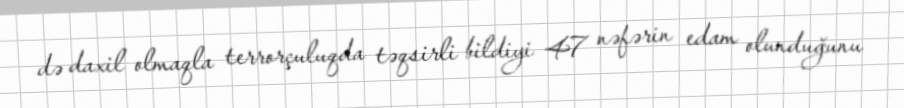
də daxil olmaqla terrorçuluqda təqsirli bildiyi 47 nəfərin edam olunduğunu